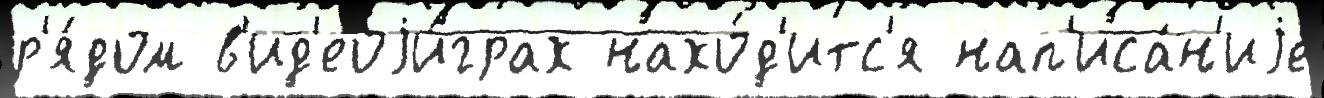
р'я́дом в'ид'еоjи́грах нахо́д'итс'я нап'иса́н'иjе